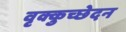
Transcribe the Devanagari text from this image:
वृक्कुच्छेदन